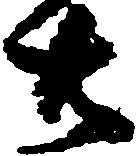
共